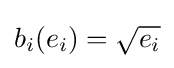
b_{i}(e_{i})={\sqrt {e_{i}}}